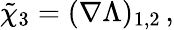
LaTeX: \tilde{\chi}_{3}=(\nabla\Lambda)_{1,2}\, ,